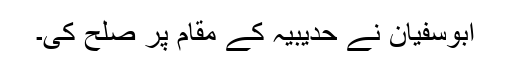
ابوسفیان نے حدیبیہ کے مقام پر صلح کی۔